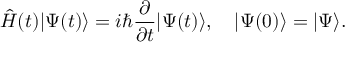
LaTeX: { \hat { H } } ( t ) | \Psi ( t ) \rangle = i \hbar { \frac { \partial } { \partial t } } | \Psi ( t ) \rangle , \ \ \ | \Psi ( 0 ) \rangle = | \Psi \rangle .